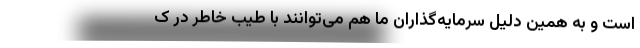
است و به همین دلیل سرمایه‌گذاران ما هم می‌توانند با طیب خاطر در ک